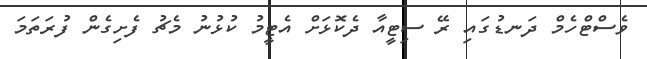
ވެސްޓްހެމް ދަނޑުގައި ރޭ ސިޓީއާ ދެކޮޅަށް އެޓީމު ކުޅުނު މެޗު ފެށިގެން ފުރަތަމަ